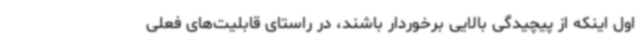
اول اینکه از پیچیدگی بالایی برخوردار باشند، در راستای قابلیت‌های فعلی